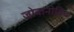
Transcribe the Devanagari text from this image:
जोवानोविच